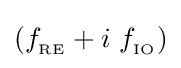
(f_{_{\text{RE}}}+i\ f_{_{\text{IO}}})